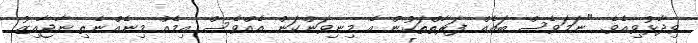
ވިދާޅުވިއެވެ. "ނަމަވެސް ބައެއް ފަރާތްތަކުން އެ މިނިވަންކަން އެއްވެސް އިމެއް މިނެއްނެތި ނާޖާއިޒު